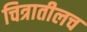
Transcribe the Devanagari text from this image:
चित्रातीलच